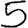
Digit: 5